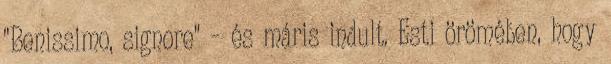
"Benissimo, signore" – és máris indult. Esti örömében, hogy